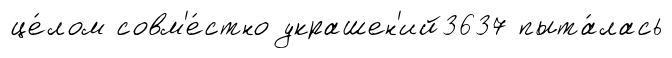
це́лом совм'е́стно украшен'ий3637 пыта́лась